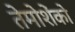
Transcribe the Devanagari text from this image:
तेमोशेंको